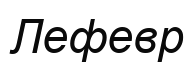
Лефевр